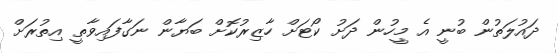
ދައުލަތުން ބުނީ އެ މީހުން ދަށު ކޯޓަށް ހާޒިރުކޮށް ބަޔާން ނަގާފައިވާތީ އިތުރަށް